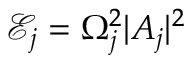
\mathscr { E } _ { j } = \Omega _ { j } ^ { 2 } | A _ { j } | ^ { 2 }